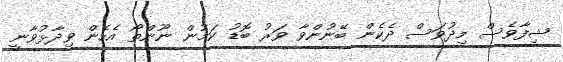
ޝިފާވެސް މިދުވަސް ދެކެން ބޭނުންވާ ވަރު ބޮޑު ކަމުން ނޫންތޯ އެހެން ވިދާޅުވާނީ